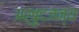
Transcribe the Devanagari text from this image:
अर्बुदजन्य